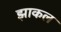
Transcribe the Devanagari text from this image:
झाकल